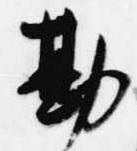
勘